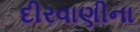
દીરવાણીના